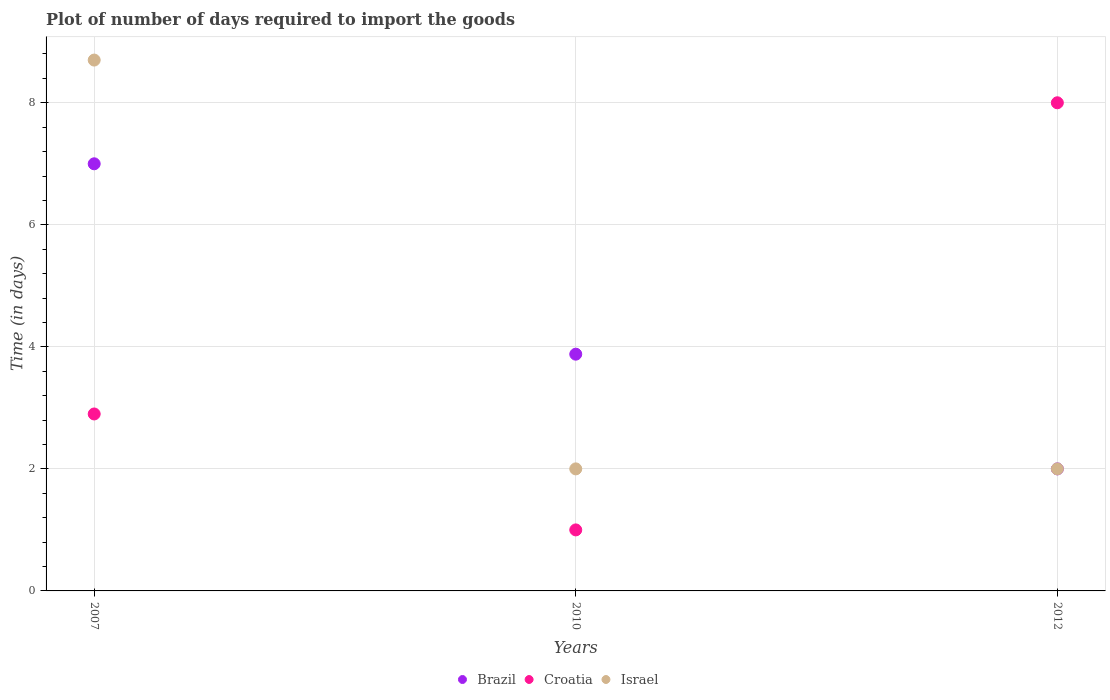
| Years | Brazil | Croatia | Israel |
 | --- | --- | --- | --- |
 | 2007 | 7 | 2.9 | 8.7 |
 | 2010 | 3.88 | 1 | 2 |
 | 2012 | 2 | 8 | 2 |